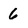
Character: 6